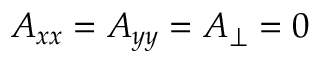
A _ { x x } = A _ { y y } = A _ { \perp } = 0